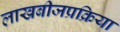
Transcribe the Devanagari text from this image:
लाखबीजप्रक्रिया